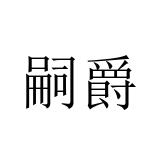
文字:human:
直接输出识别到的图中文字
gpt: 嗣爵